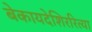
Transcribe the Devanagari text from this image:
बेकायदेशिररित्या